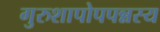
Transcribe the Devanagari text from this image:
गुरुशापोपपन्नस्य